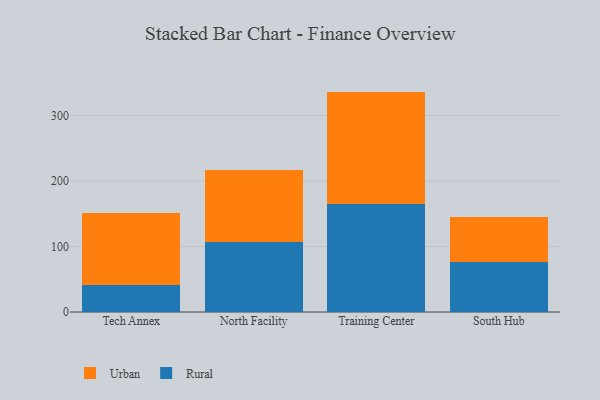
{"axis": {"x": "Campus", "y": "Temperature (°C)"}, "legend": ["Rural", "Urban"], "data": [{"x": "Tech Annex", "y": 41.7, "type": "Rural"}, {"x": "Tech Annex", "y": 109.2, "type": "Urban"}, {"x": "North Facility", "y": 107.0, "type": "Rural"}, {"x": "North Facility", "y": 109.2, "type": "Urban"}, {"x": "Training Center", "y": 164.4, "type": "Rural"}, {"x": "Training Center", "y": 172.3, "type": "Urban"}, {"x": "South Hub", "y": 76.7, "type": "Rural"}, {"x": "South Hub", "y": 69.0, "type": "Urban"}]}